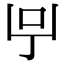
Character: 𠯃